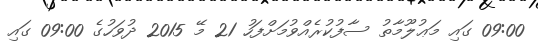
09:00 ގައި މަޢުލޫމާތު ސާފުކުރެއްވުމަށްފަހު 21 މޭ 2015 ދުވަހުގެ 09:00 ގައި